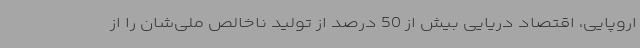
اروپایی، اقتصاد دریایی بیش از 50 درصد از تولید ناخالص ملی‌شان را از